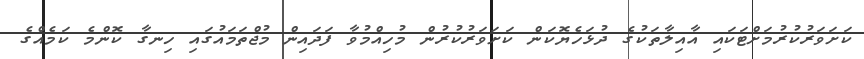
ކަށަވަރުކުރުމަށްޓަކައި އާއިލާތަކުގެ ދުޅަހެޔޮކަން ކަށަވަރުކުރުން މުހިއްމުވާ ފަދައިން މުޖްތަމައުގައި ހިނގާ ކޮންމެ ކަމެއްގެ